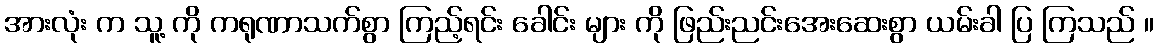
အားလုံး က သူ့ ကို ကရုဏာသက်စွာ ကြည့်ရင်း ခေါင်း များ ကို ဖြည်းညင်းအေးဆေးစွာ ယမ်းခါ ပြ ကြသည် ။